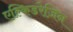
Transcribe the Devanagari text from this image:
एल्किडरेज़िन